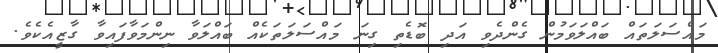
މައްސަލަތައް ބައްލަވަމުން ގެންދެވި އަދި ބޮޑެތި ގިނަ މައްސަލަތަކެއް ބައްލަވާ ނިންމަވާފައިވާ ގާޒީއެކެވެ.